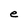
Character: e